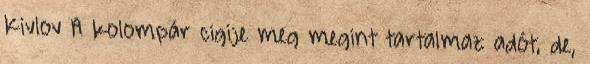
Kivlov A kolompár cigije meg megint tartalmaz adót, de,